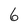
Character: 6